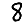
Digit: 8